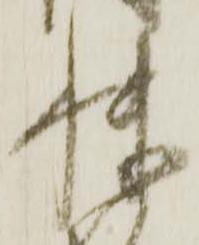
快